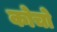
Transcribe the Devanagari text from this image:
कोचो